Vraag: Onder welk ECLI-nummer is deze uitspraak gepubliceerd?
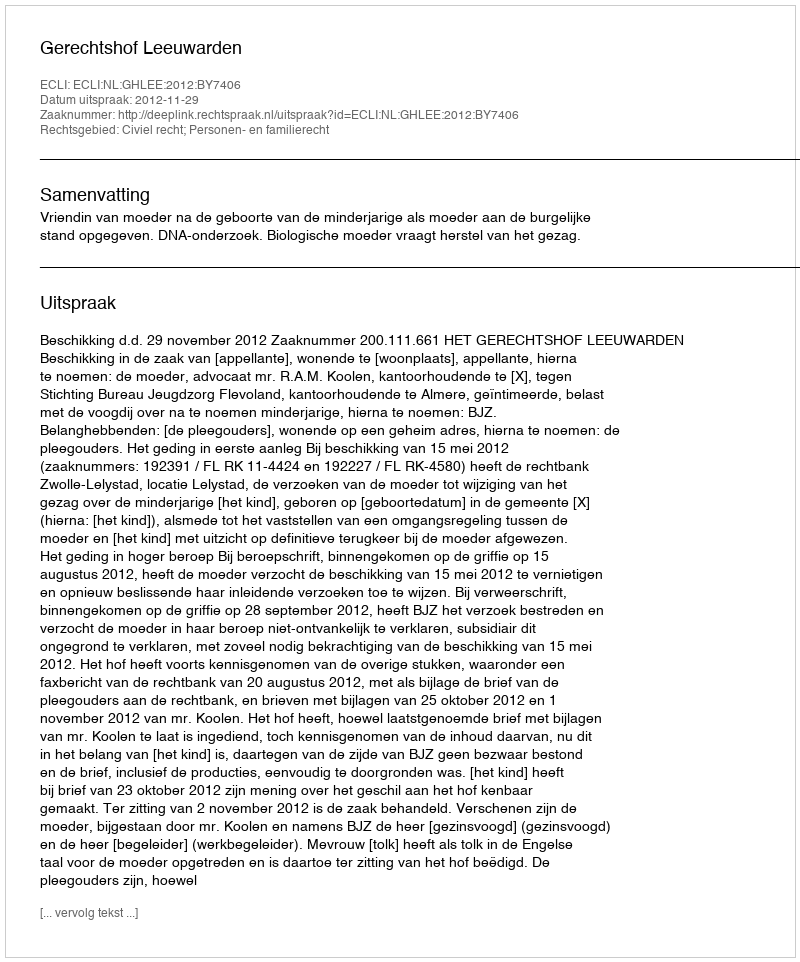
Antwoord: ECLI:NL:GHLEE:2012:BY7406